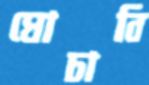
ঘোচাবি